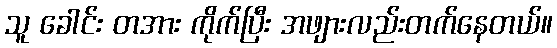
သူ ခေါင်း တအား ကိုက်ပြီး အဖျားလည်းတက်နေတယ်။